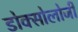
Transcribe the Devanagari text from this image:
डोक्सोलोजी